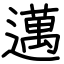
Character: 邁